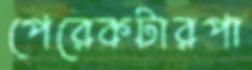
পেরেকটারপা